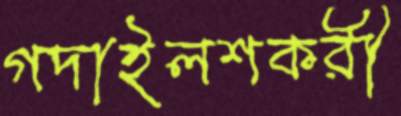
গদাইলশকরী